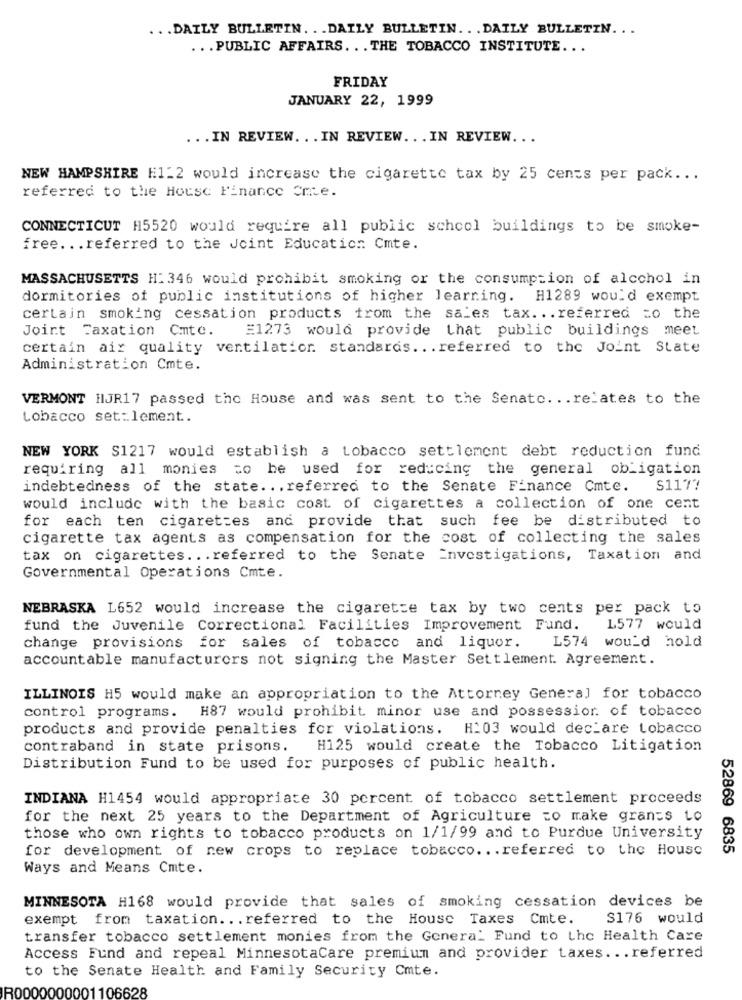
... DAILY BULLETIN. .. DAILY BULLETIN. .. DAILY BULLETIN ...
.. . PUBLIC AFFAIRS. .. THE TOBACCO INSTITUTE ...
FRIDAY
JANUARY 22, 1999
... IN REVIEW. . . IN REVIEW. .. IN REVIEW ...
NEW HAMPSHIRE H1:2 would increase the cigarette tax by 25 cents per pack ...
referred to the House Finance Cmte.
CONNECTICUT H5520 would require all public school buildings to be smoke-
free. .. referred to the Joint Education: Cmte.
MASSACHUSETTS H: 346 would prohibit smoking or the consumption of alcohol in
dormitories of public institutions of higher learning. H1289 would exempt
certain smoking cessation products from the sales tax. . . referred to the
Joint Taxation Cmte. E1273 would provide that public buildings meet
certain air quality ventilation. standards ... referred to the Joint State
Administration Cmte.
VERMONT HJR17 passed the House and was sent to the Senato. .. relates to the
Lobacco set:lement.
NEW YORK $1217 would establish a tobacco settlement debt reduction fund
requiring all monies to he used for reducing the general obligation
indebtedness of the state. . . referred to the Senate Finance Cmte.
S1177
would include with the basic cost of cigarettes a collection of one cent
for each ten cigarettes and provide that such fee be distributed to
cigarette tax agents as compensation for the cost of collecting the sales
tax on cigarettes. .. referred to the Senate
Investigations, Taxation and
Governmental Operations Cmte.
NEBRASKA L652 would increase the cigarette tax by two cents per pack to
fund the Juvenile Correctional Facilities Improvement Fund.
L577 would
L574 would hold
change provisions for sales of tobacco and liquor.
accountable manufacturers not signing the Master Settlement. Agreement.
ILLINOIS H5 would make an appropriation to the Attorney General for tobacco
control programs. H87 would prohibit minor use and possession. of tobacco
products and provide penalties for violations. H:03 would declare tobacco
contraband in state prisons.
H125 would create the Tobacco Litigation
Distribution Fund to be used for purposes of public health.
INDIANA H1454 would appropriate 30 percent of tobacco settlement proceeds
for the next 25 years to the Department of Agriculture to make grands to
those who own rights to tobacco products on 1/1/99 and to Purdue University
for development of new crops to replace tobacco .. . referred to the House
52869 6835
Ways and Means Cmte.
MINNESOTA H168 would provide that sales of smoking cessation devices be
exempt from taxation. .. referred to the House Taxes Cmte.
S176 would
transfer tobacco settlement monies from the General Fund to the Health Care
Access Fund and repeal MinnesotaCare premium and provider taxes ... referred
to the Senate Health and Family Security Cmte.
R0000000001106628